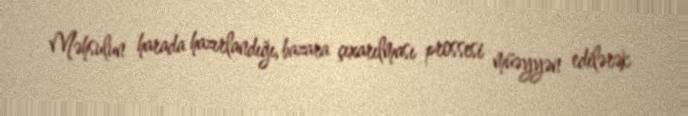
Məhsulun harada hazırlandığı, bazara çıxarılması prossesi müəyyən edilərək